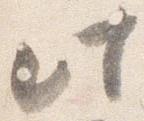
此